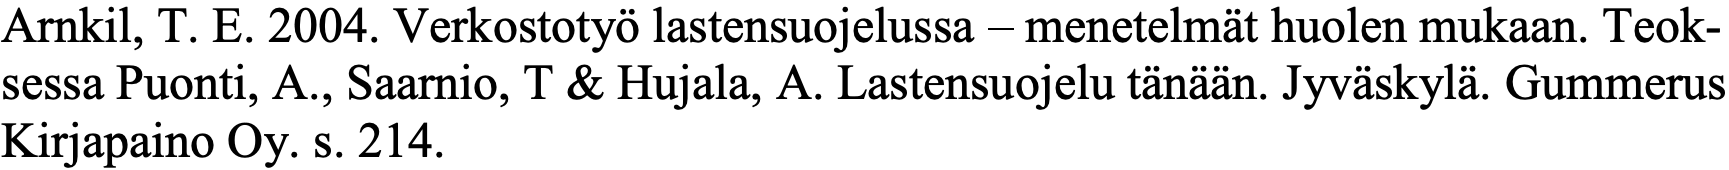
Arnkil, T. E. 2004. Verkostotyö lastensuojelussa – menetelmät huolen mukaan. Teok- sessa Puonti, A., Saarnio, T & Hujala, A. Lastensuojelu tänään. Jyväskylä. Gummerus Kirjapaino Oy. s. 214.